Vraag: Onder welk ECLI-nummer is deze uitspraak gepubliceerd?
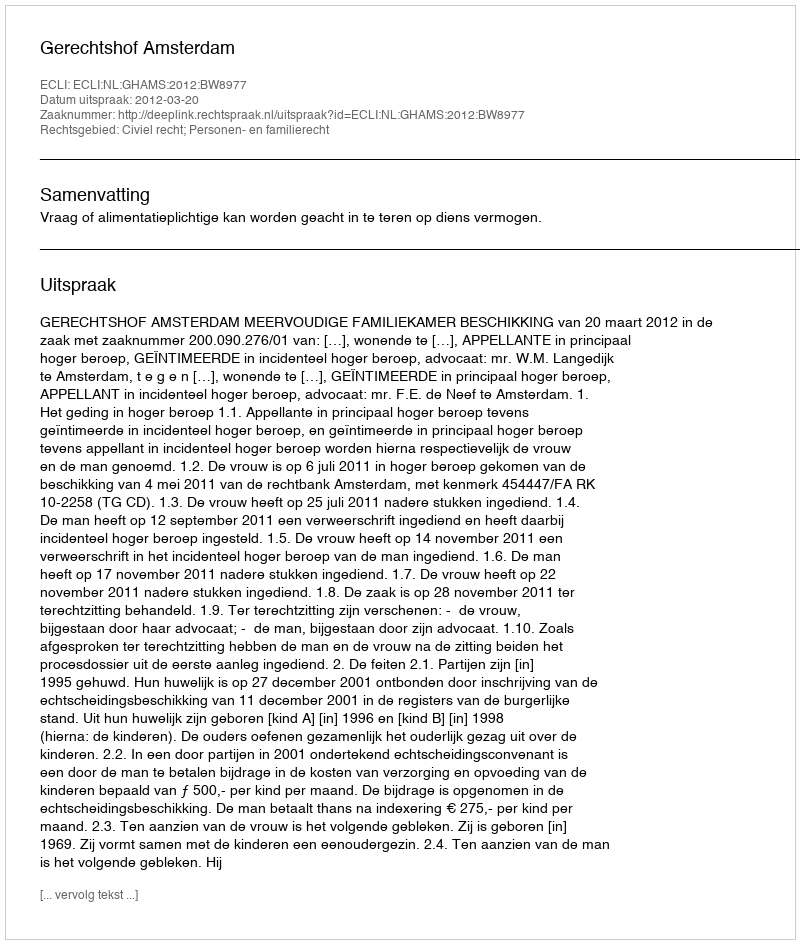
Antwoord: ECLI:NL:GHAMS:2012:BW8977